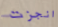
انجزت